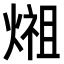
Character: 𤍄